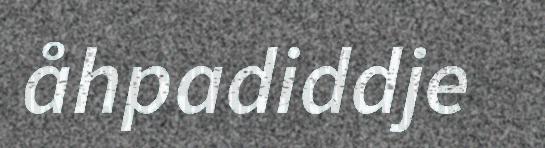
åhpadiddje